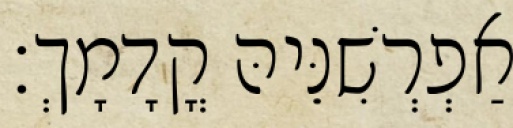
אַפְרְשִׁנֵּיהּ קֳדָמָךְ׃